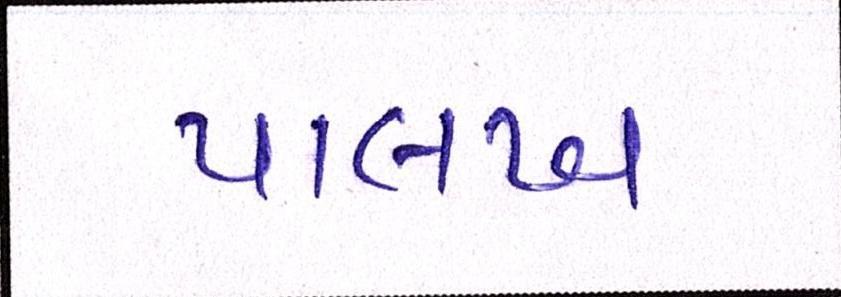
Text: પાલખ